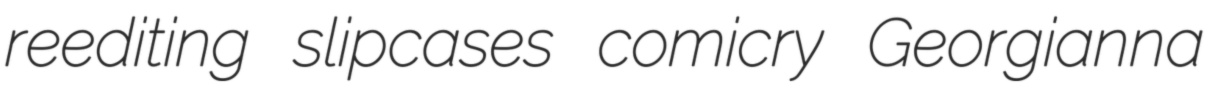
reediting slipcases comicry Georgianna